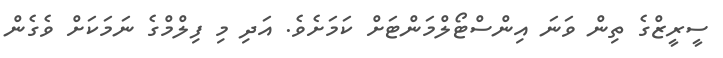
ސީރީޒްގެ ތިން ވަނަ އިންސްޓޯލްމަންޓަށް ކަމަށެވެ. އަދި މި ފިލްމްގެ ނަމަކަށް ވެގެން